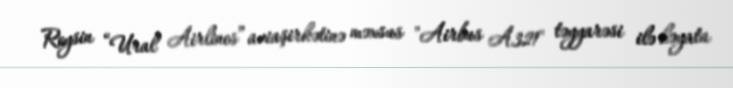
Reysin “Ural Airlines” aviaşirkətinə məxsus "Airbus A321" təyyarəsi ilə həyata